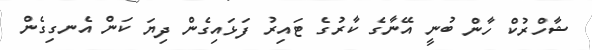
ޝާހްރުކް ހާން ބުނީ އޭނާގެ ކާރުގެ ޓައިރު ފަޅައިގެން ދިޔަ ކަން އެނގިގެން